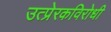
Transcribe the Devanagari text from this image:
उत्प्रेरकविरोधी